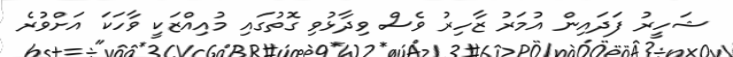
ޝަހީރު ފަދައިން އުމަރު ޒާހިރު ވެސް ވިދާޅުވި ގޮތުގައި މުއިއްޒަކީ ވާހަކަ އަށްވުރެ